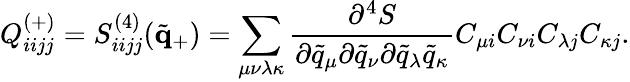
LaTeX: Q_{iijj}^{(+)}=S_{iijj}^{(4)}(\tilde{\mathbf{q}}_{+})=\sum_{\mu\nu\lambda\kappa}\frac{\partial^{4}S}{\partial\tilde{q}_{\mu}\partial\tilde{q}_{\nu}\partial\tilde{q}_{\lambda}\tilde{q}_{\kappa}}C_{\mu i}C_{\nu i}C_{\lambda j}C_{\kappa j}.